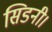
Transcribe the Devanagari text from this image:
सिडनी।